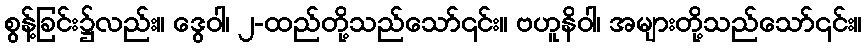
စွန့်ခြင်း၌လည်း။ ဒွေဝါ၊ ၂-ထည်တို့သည်သော်၎င်း။ ဗဟူနိဝါ၊ အများတို့သည်သော်၎င်း။